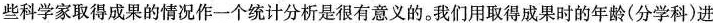
些科学家取得成果的情况作一个统计分析是很有意义的。我们用取得成果时的年龄(分学科)进